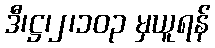
ဒီ၊ဋ္ဌ၊၂၊၁၀၃ မှယူရန်